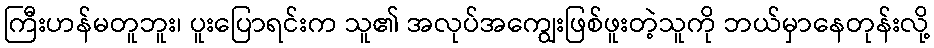
ကြီးဟန်မတူဘူး၊ ပူးပြောရင်းက သူ၏ အလုပ်အကျွေးဖြစ်ဖူးတဲ့သူကို ဘယ်မှာနေတုန်းလို့